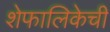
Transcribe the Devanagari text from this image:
शेफालिकेची